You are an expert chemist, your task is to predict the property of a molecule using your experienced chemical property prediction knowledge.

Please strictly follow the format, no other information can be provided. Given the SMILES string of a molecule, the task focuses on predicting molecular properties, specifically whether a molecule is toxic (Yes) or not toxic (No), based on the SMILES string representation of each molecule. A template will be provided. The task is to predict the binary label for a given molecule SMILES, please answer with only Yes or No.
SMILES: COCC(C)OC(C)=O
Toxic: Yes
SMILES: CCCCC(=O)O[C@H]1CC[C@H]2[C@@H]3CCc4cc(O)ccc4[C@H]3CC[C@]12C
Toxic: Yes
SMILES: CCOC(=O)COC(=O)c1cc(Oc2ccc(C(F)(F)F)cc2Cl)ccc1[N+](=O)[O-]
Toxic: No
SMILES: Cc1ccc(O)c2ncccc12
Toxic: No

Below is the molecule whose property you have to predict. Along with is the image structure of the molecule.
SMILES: ClC(Cl)C(Cl)(Cl)Cl
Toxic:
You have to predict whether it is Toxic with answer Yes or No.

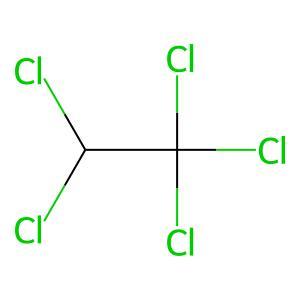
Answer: No